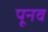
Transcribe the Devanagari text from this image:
पूनव